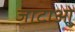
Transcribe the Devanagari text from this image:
जाटाओं